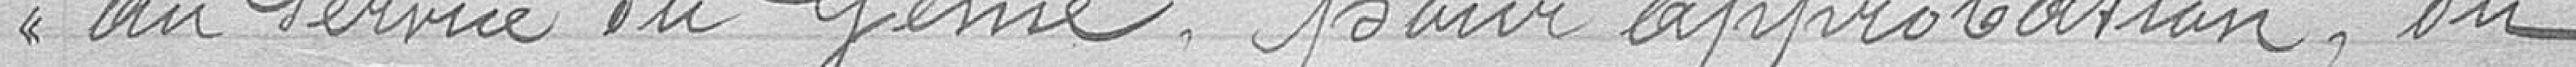
au service du Génie pour approbation, du